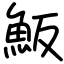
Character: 魬